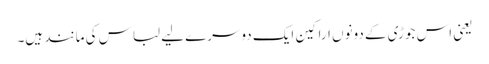
یعنی اس جوڑی کے دونوں اراکین ایک دوسرے لیے لباس کی مانند ہیں۔